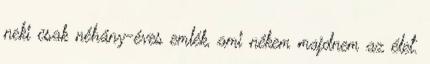
neki csak néhány-éves emlék, ami nékem majdnem az élet.